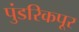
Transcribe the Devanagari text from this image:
पुंडरिकपूर